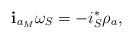
LaTeX: \begin{align*}\mathbf{i}_{a_{M}}\omega_S =-i^*_S\rho_a,\end{align*}